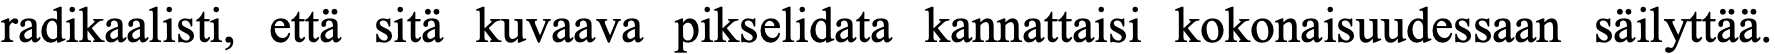
radikaalisti, että sitä kuvaava pikselidata kannattaisi kokonaisuudessaan säilyttää.